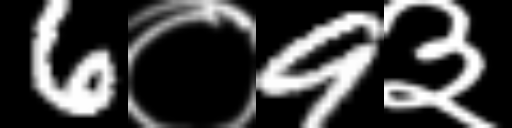
Text: 6०9३